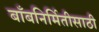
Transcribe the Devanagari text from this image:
बाँबनिर्मितीसाठी